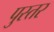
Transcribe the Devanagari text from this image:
पुस्तर